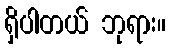
ရှိပါတယ် ဘုရား။